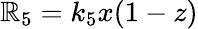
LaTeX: \mathbb{R}_{5}=k_{5}x(1-z)